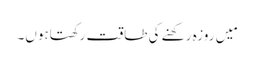
مَیں روزہ رکھنے کی طاقت رکھتاہوں۔